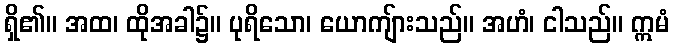
ရှိ၏။ အထ၊ ထိုအခါ၌။ ပုရိသော၊ ယောကျ်ားသည်။ အဟံ၊ ငါသည်။ ဣမံ